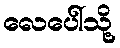
လေပေါ်သို့